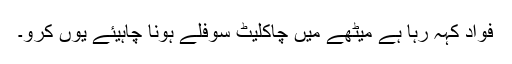
فواد کہہ رہا ہے میٹھے میں چاکلیٹ سوفلے ہونا چاہیئے یوں کرو۔